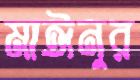
মাঈনুর